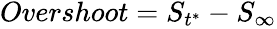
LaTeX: \begin{array}{r}{Overshoot=S_{t^{*}}-S_{\infty}}\end{array}